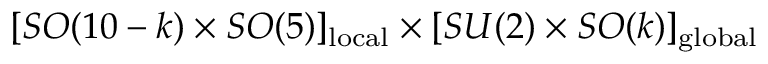
[ S O ( 1 0 - k ) \times S O ( 5 ) ] _ { \mathrm { l o c a l } } \times [ S U ( 2 ) \times S O ( k ) ] _ { \mathrm { g l o b a l } }